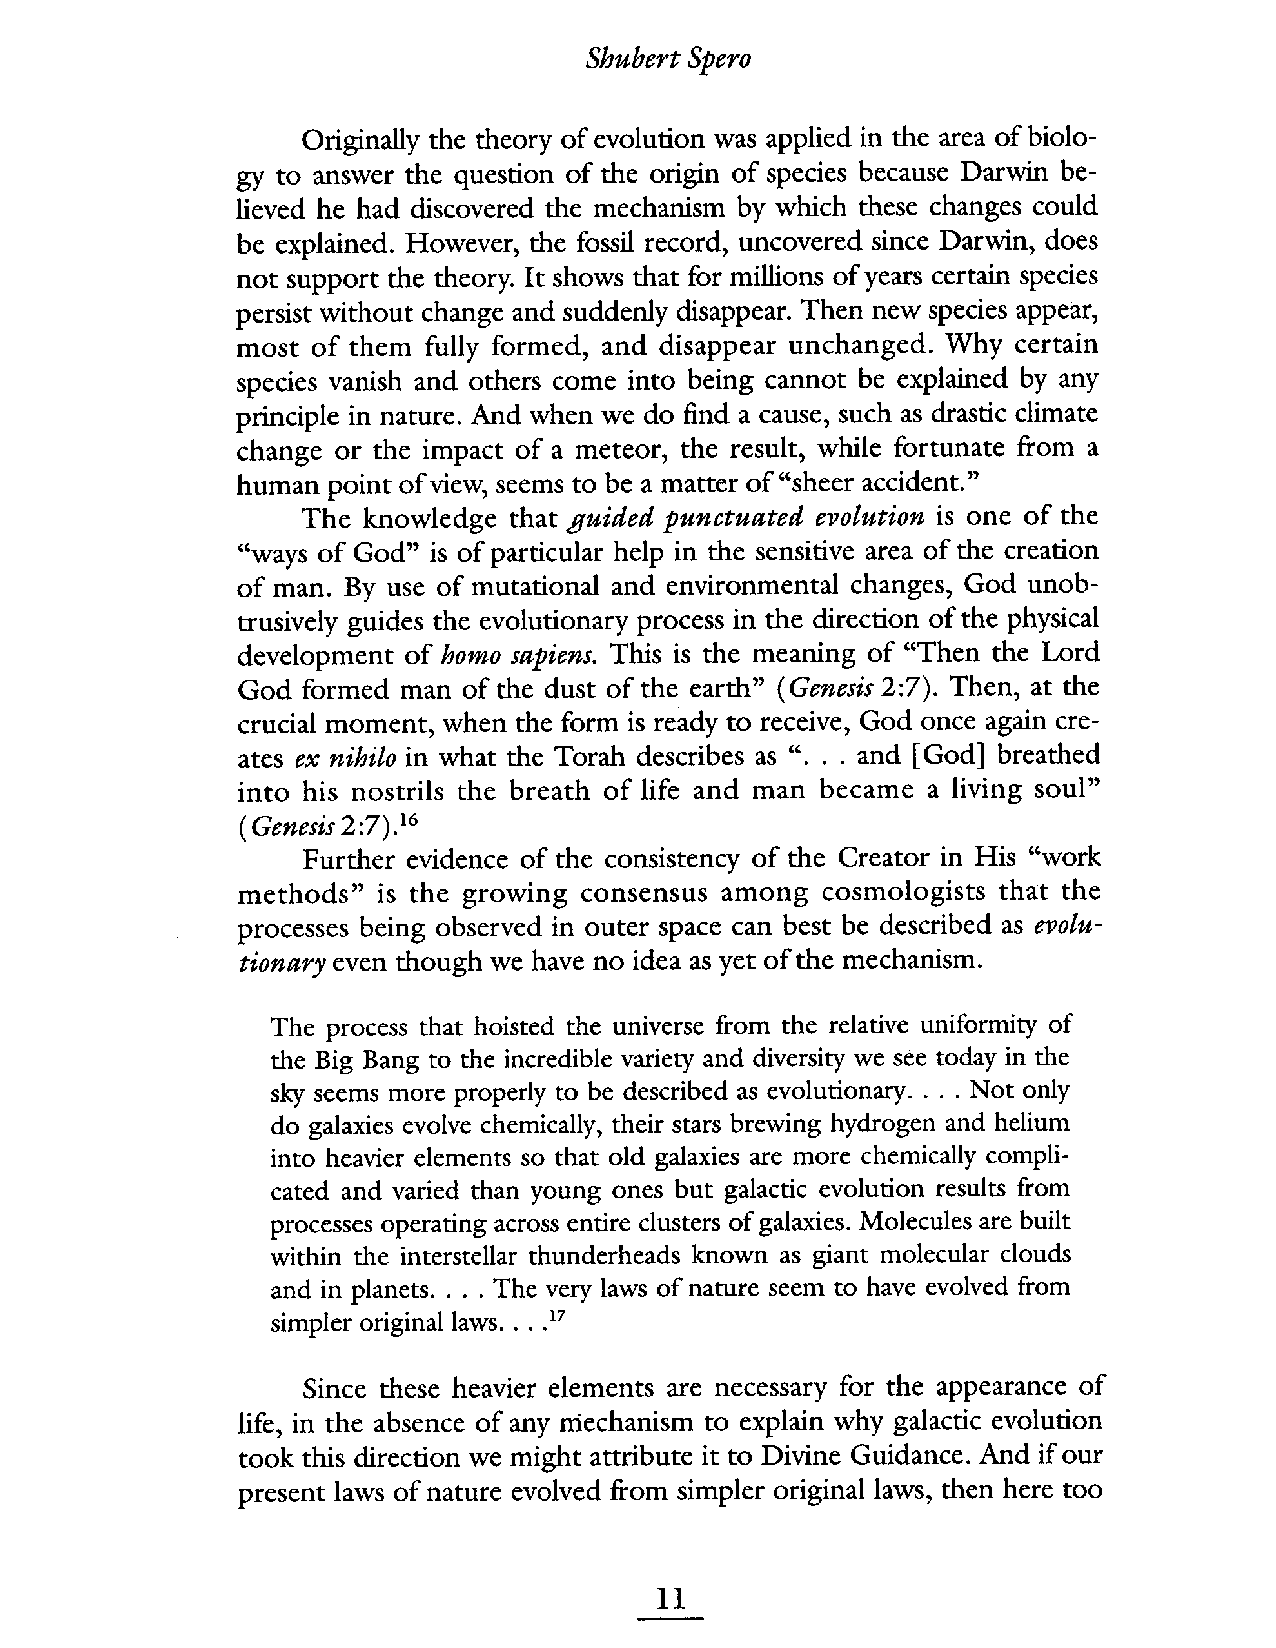
Shubert Spero
 Originaly the theory of evolution was applied in the area of biolo-
 gy to answer the question of the origin of species because Darwin be-
 lieved he had discovered the mechanism by which these changes could
 be explained. However, the fossil record, uncovered since Darwin, does
 not support the theory. It shows that for millons of years certain species
 persist without change and suddenly disappear. Then new species appear,
 most of them fully formed, and disappear unchanged. Why certain
 species vanish and others come into being cannot be explained by any
 principle in nature. And when we do find a cause, such as drastic climate
 change or the impact of a meteor, the result, while fortunate from a
 "sheer accident."
 human point of view, seems to be a matter of
 The knowledge that guided punctuated evolution is one of the
 "ways of God" is of particular help in the sensitive area of the creation
 of man. By use of mutational and environmental changes, God unob-
 trusively guides the evolutionary process in the direction of the physical
 development of homo sapiens. This is the meaning of "Then the Lord
 God formed man of the dust of the earth" (Genesis 2:7). Then, at the
 crucial moment, when the form is ready to receive, God once again cre-
 ates ex nihilo in what the Torah describes as ". . . and (God) breathed
 into his nostrils the breath of life and man became a living soul"
 ( Genesis 2 :7) .16
 Further evidence of the consistency of the Creator in His "work
 methods" is the growing consensus among cosmologists that the
 processes being observed in outer space can best be described as evolu-
 tionary even though we have no idea as yet of the mechanism.
 The process that hoisted the universe from the relative uniformity of
 the Big Bang to the incredible variety and diversity we sèe today in the
 sky seems more properly to be described as evolutionar. . . . Not only
 do galaxies evolve chemically, their stars brewing hydrogen and helium
 into heavier elements so that old galaxies are more chemically compli-
 cated and varied than young ones but galactic evolution results from
 processes operating across entire clusters of galaxies. Molecules are built
 within the interstellar thunderheads known as giant molecular clouds
 and in planets. . . . The very laws of nature seem to have evolved from
 simpler original laws. . . Y
 Since these heavier elements are necessary for the appearance of
 life, in the absence of any mechanism to explain why galactic evolution
 took this direction we might attibute it to Divine Guidance. And if our
 present laws of nature evolved from simpler original laws, then here too
 11